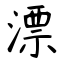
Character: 漂